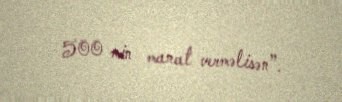
500 min manat verməlisən”.